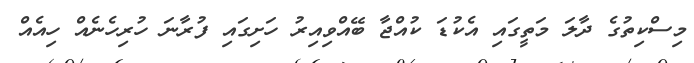
މިސްކިތުގެ ދާލަ މަތީގައި އެކުޑަ ކުއްޖާ ބޭއްވިއިރު ހަށިގައި ފުރާނަ ހުރިހެނެއް ހިއެއް